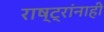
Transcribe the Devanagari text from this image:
राष्ट्रांनाही